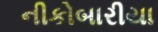
નીકોબારીયા